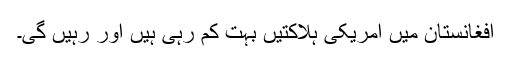
افغانستان میں امریکی ہلاکتیں بہت کم رہی ہیں اور رہیں گی۔